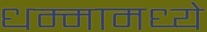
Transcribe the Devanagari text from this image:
धम्मामध्ये